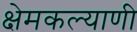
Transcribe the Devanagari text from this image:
क्षेमकल्याणी